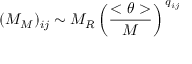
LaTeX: ( { \cal M } _ { M } ) _ { i j } \sim M _ { R } \left( \frac { < \theta > } { M } \right) ^ { \: q _ { i j } }